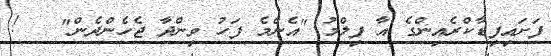
ފަށައިފިޑާކްރެއިންގެ އާ ފިލްމު "އެންމެ ފަހު ވިންދާ ޖެހެންދެން"   !